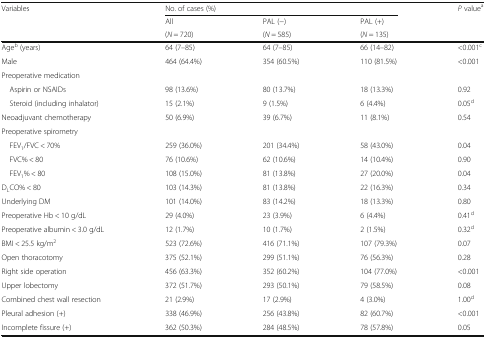
<table><thead><tr><td rowspan="3"><b>Variables</b></td><td colspan="3"><b>No. of cases (%)</b></td><td rowspan="3"><b><i>P</i> value<sup>a</sup></b></td></tr><tr><td><b>All</b></td><td><b>PAL (−)</b></td><td><b>PAL (+)</b></td></tr><tr><td><b>(<i>N</i> = 720)</b></td><td><b>(<i>N</i> = 585)</b></td><td><b>(<i>N</i> = 135)</b></td></tr></thead><tbody><tr><td>Age<sup>b</sup> (years)</td><td>64 (7–85)</td><td>64 (7–85)</td><td>66 (14–82)</td><td>&lt;0.001<sup>c</sup></td></tr><tr><td>Male</td><td>464 (64.4%)</td><td>354 (60.5%)</td><td>110 (81.5%)</td><td>&lt;0.001</td></tr><tr><td colspan="5">Preoperative medication</td></tr><tr><td> Aspirin or NSAIDs</td><td>98 (13.6%)</td><td>80 (13.7%)</td><td>18 (13.3%)</td><td>0.92</td></tr><tr><td> Steroid (including inhalator)</td><td>15 (2.1%)</td><td>9 (1.5%)</td><td>6 (4.4%)</td><td>0.05<sup>d</sup></td></tr><tr><td>Neoadjuvant chemotherapy</td><td>50 (6.9%)</td><td>39 (6.7%)</td><td>11 (8.1%)</td><td>0.54</td></tr><tr><td colspan="5">Preoperative spirometry</td></tr><tr><td> FEV<sub>1</sub>/FVC &lt; 70%</td><td>259 (36.0%)</td><td>201 (34.4%)</td><td>58 (43.0%)</td><td>0.04</td></tr><tr><td> FVC% &lt; 80</td><td>76 (10.6%)</td><td>62 (10.6%)</td><td>14 (10.4%)</td><td>0.90</td></tr><tr><td> FEV<sub>1</sub>% &lt; 80</td><td>108 (15.0%)</td><td>81 (13.8%)</td><td>27 (20.0%)</td><td>0.04</td></tr><tr><td>D<sub>L</sub>CO% &lt; 80</td><td>103 (14.3%)</td><td>81 (13.8%)</td><td>22 (16.3%)</td><td>0.34</td></tr><tr><td>Underlying DM</td><td>101 (14.0%)</td><td>83 (14.2%)</td><td>18 (13.3%)</td><td>0.80</td></tr><tr><td>Preoperative Hb &lt; 10 g/dL</td><td>29 (4.0%)</td><td>23 (3.9%)</td><td>6 (4.4%)</td><td>0.41<sup>d</sup></td></tr><tr><td>Preoperative albumin &lt; 3.0 g/dL</td><td>12 (1.7%)</td><td>10 (1.7%)</td><td>2 (1.5%)</td><td>0.32<sup>d</sup></td></tr><tr><td>BMI &lt; 25.5 kg/m<sup>2</sup></td><td>523 (72.6%)</td><td>416 (71.1%)</td><td>107 (79.3%)</td><td>0.07</td></tr><tr><td>Open thoracotomy</td><td>375 (52.1%)</td><td>299 (51.1%)</td><td>76 (56.3%)</td><td>0.28</td></tr><tr><td>Right side operation</td><td>456 (63.3%)</td><td>352 (60.2%)</td><td>104 (77.0%)</td><td>&lt;0.001</td></tr><tr><td>Upper lobectomy</td><td>372 (51.7%)</td><td>293 (50.1%)</td><td>79 (58.5%)</td><td>0.08</td></tr><tr><td>Combined chest wall resection</td><td>21 (2.9%)</td><td>17 (2.9%)</td><td>4 (3.0%)</td><td>1.00<sup>d</sup></td></tr><tr><td>Pleural adhesion (+)</td><td>338 (46.9%)</td><td>256 (43.8%)</td><td>82 (60.7%)</td><td>&lt;0.001</td></tr><tr><td>Incomplete fissure (+)</td><td>362 (50.3%)</td><td>284 (48.5%)</td><td>78 (57.8%)</td><td>0.05</td></tr></tbody></table>